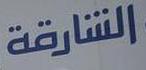
الشارقة